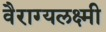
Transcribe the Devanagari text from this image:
वैराग्यलक्ष्मी